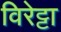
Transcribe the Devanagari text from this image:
विरेट्टा